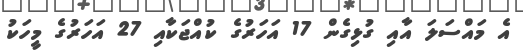
އެ މައްސަލަ އާއި ގުޅިގެން 17 އަހަރުގެ ކުއްޖަކާއި 27 އަހަރުގެ މީހަކު